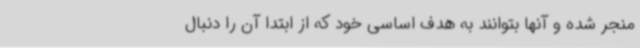
منجر شده و آنها بتوانند به هدف اساسی خود که از ابتدا آن را دنبال